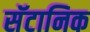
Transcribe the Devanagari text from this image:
सॅटानिक